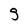
Character: g